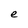
Character: e